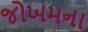
જોખમના